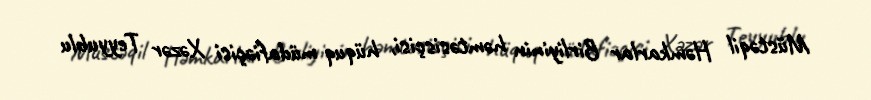
Müstəqil Həmkarlar Birliyinin həmtəsisçisi, hüquq müdafiəçisi Xəzər Teyyublu